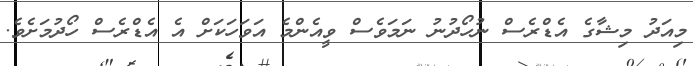
މިއަދު މިޝާގެ އެޑްރެސް ނުހޯދުނު ނަމަވެސް ވީއެންމެ އަވަހަކަށް އެ އެޑްރެސް ހޯދުމަށެވެ.